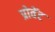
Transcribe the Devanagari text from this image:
प्रोवेंट